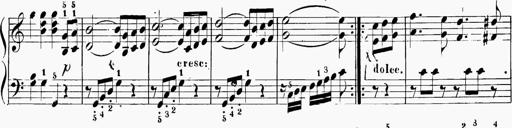
Title: 6 Sonatinas
Composer: Carl Reinecke